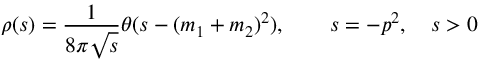
\rho ( s ) = { \frac { 1 } { 8 \pi \sqrt { s } } } \theta ( s - ( m _ { 1 } + m _ { 2 } ) ^ { 2 } ) , \qquad s = - p ^ { 2 } , \quad s > 0